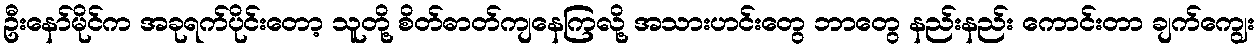
ဦးနော်မိုင်က အခုရက်ပိုင်းတော့ သူတို့ စိတ်ဓာတ်ကျနေကြလို့ အသားဟင်းတွေ ဘာတွေ နည်းနည်း ကောင်းတာ ချက်ကျွေး